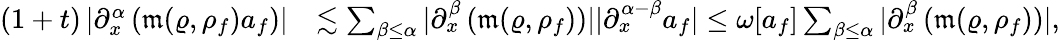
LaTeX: \begin{array}{rl}{(1+t)\left\vert\partial_{x}^{\alpha}\left(\mathfrak{m}(\varrho,\rho_{f})a_{f}\right)\right\vert}&{\lesssim\sum_{\beta\leq\alpha}\vert\partial_{x}^{\beta}\left(\mathfrak{m}(\varrho,\rho_{f})\right)\vert\vert\partial_{x}^{\alpha-\beta}a_{f}\vert\leq\omega[a_{f}]\sum_{\beta\leq\alpha}\vert\partial_{x}^{\beta}\left(\mathfrak{m}(\varrho,\rho_{f})\right)\vert,}\end{array}